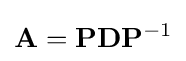
\mathbf {A} =\mathbf {P} \mathbf {D} \mathbf {P} ^{-1}